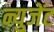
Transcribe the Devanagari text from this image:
न्युजेंट